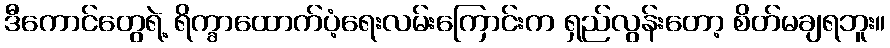
ဒီကောင်တွေရဲ့ ရိက္ခာထောက်ပံ့ရေးလမ်းကြောင်းက ရှည်လွန်းတော့ စိတ်မချရဘူး။